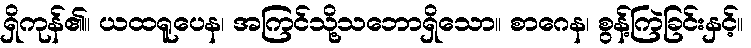
ရှိကုန်၏။ ယထရူပေန၊ အကြင်သို့သဘောရှိသော။ စာဂေန၊ စွန့်ကြဲခြင်းနှင့်။